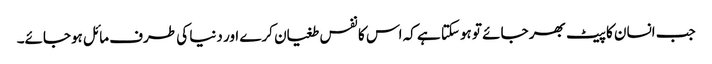
جب انسان کا پیٹ بھر جائے تو ہوسکتا ہے کہ اس کا نفس طغیان کرے اور دنیا کی طرف مائل ہوجائے۔